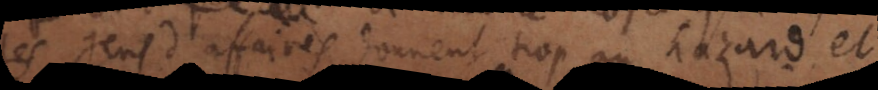
les gens d’affaires donnent trop au hazard et